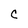
Character: C